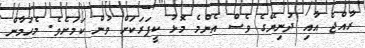
ރާއްޖެ އާއި ދުނިޔޭގެ ވެސް އެންމެ މޮޅު ކީޕަރަކަށް ވުން ކަމަށެވެ. މެހުމާން